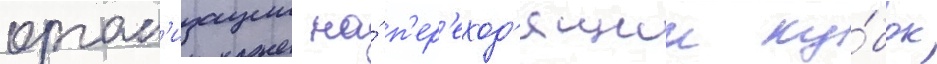
орган'изации на́ п'ер'еход'ящии ку́бок